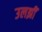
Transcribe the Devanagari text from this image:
उलझीं